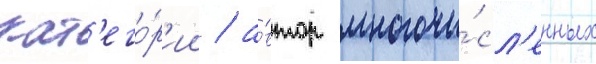
кат'его́р'ии / а́втор многочи́сл'енных